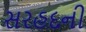
સરહદની